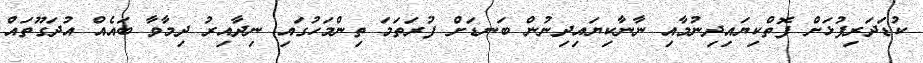
ކުޑަދަރިފުޅަށް ފޮތްކިޔައިދިނުމާއި ނާނާކިޔައިދިނުން ބަނޑަށް ފުރަތަމަ ތިންމަހުގައި ނިދާއިރު ދިމާވާ ބައެއް އުދަގޫތައް